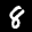
Label: 8